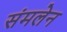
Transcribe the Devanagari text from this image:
संमलेन